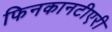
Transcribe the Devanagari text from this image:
फिनकानटीएरी